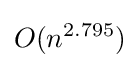
O(n^{2.795})